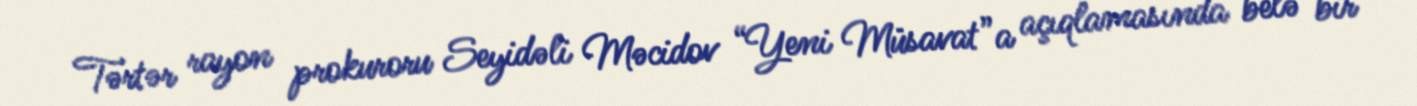
Tərtər rayon prokuroru Seyidəli Məcidov “Yeni Müsavat”a açıqlamasında belə bir